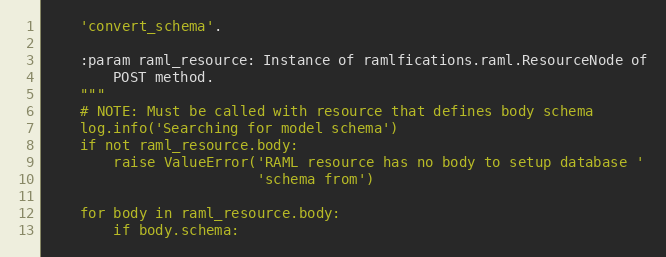
Language: Python
    'convert_schema'.

    :param raml_resource: Instance of ramlfications.raml.ResourceNode of
        POST method.
    """
    # NOTE: Must be called with resource that defines body schema
    log.info('Searching for model schema')
    if not raml_resource.body:
        raise ValueError('RAML resource has no body to setup database '
                         'schema from')

    for body in raml_resource.body:
        if body.schema: